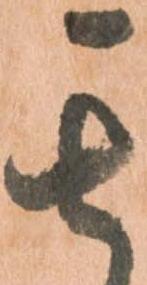
其